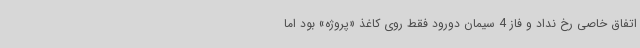
اتفاق خاصی رخ نداد و فاز 4 سیمان دورود فقط روی کاغذ «پروژه» بود اما